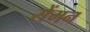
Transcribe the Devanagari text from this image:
सेंमन